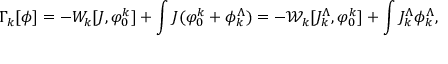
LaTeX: \Gamma _ { k } [ \phi ] = - W _ { k } [ J , \varphi _ { 0 } ^ { k } ] + \int J ( \varphi _ { 0 } ^ { k } + \phi _ { k } ^ { \Lambda } ) = - { \mathcal W } _ { k } [ J _ { k } ^ { \Lambda } , \varphi _ { 0 } ^ { k } ] + \int J _ { k } ^ { \Lambda } \phi _ { k } ^ { \Lambda } ,